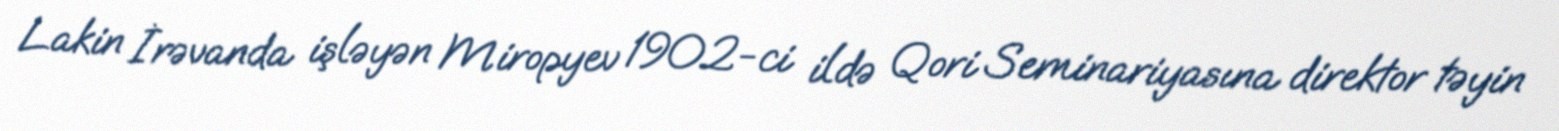
Lakin İrəvanda işləyən Miropyev 1902-ci ildə Qori Seminariyasına direktor təyin